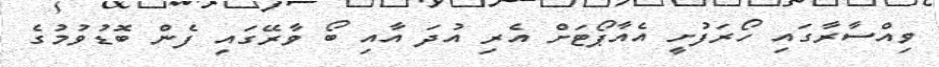
ވިއްސާރާގައި ހޯރަފުށީ އެއާޕޯޓަށް އެރި އުދަ އާއި ބޯ ވާރޭގައި ފެން ބޮޑުވުމުގެ